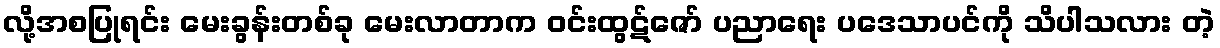
လို့အစပြုရင်း မေးခွန်းတစ်ခု မေးလာတာက ဝင်းထွဋ်ဇော် ပညာရေး ပဒေသာပင်ကို သိပါသလား တဲ့